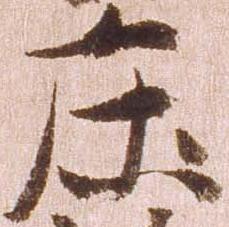
庄